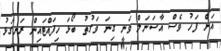
އަށް ފަހު ވެސް އާސަނަލް ވަނީ ގިނަ ވަގުތު ބޯޅަ ހިފައްޓައިން ރަނގަޅު